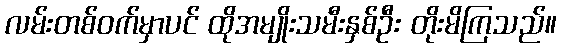
လမ်းတစ်ဝက်မှာပင် ထိုအမျိုးသမီးနှစ်ဦး တိုးမိကြသည်။